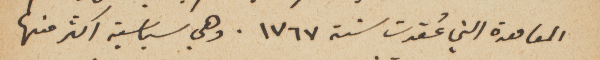
المعاهدة التي عُقدت سنة ١٧٦٧. وهي سياسية اكثر منها